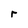
Character: r